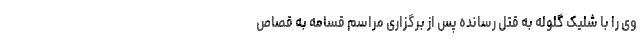
وی را با شلیک گلوله به قتل رسانده پس از برگزاری مراسم قسامه به قصاص